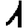
Digit: 1